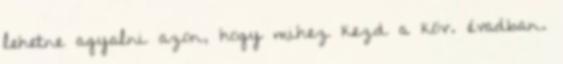
lehetne agyalni azon, hogy mihez kezd a köv. évadban.